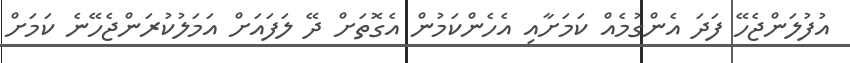
އުފުލަންޖެހޭ ފަދަ އެންގުމެއް ކަމަށާއި އެހެންކަމުން އެގޮތަށް ދޭ ލަފައަށް އަމަލުކުރަންޖެހޭނެ ކަމަށް